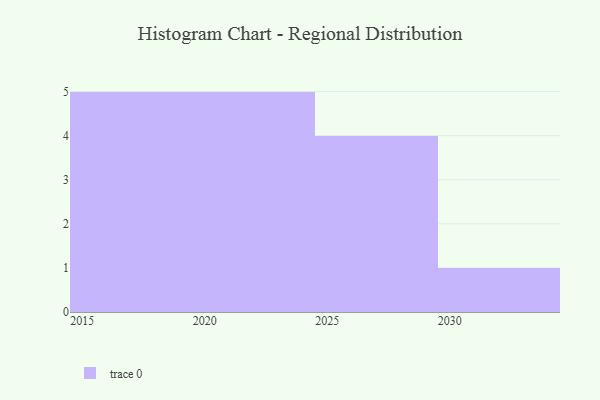
{"axis": {"x": "Year", "y": "Production Output"}, "legend": [""], "data": [{"x": "2020", "y": 1, "type": ""}, {"x": "2026", "y": 6, "type": ""}, {"x": "2017", "y": 29, "type": ""}, {"x": "2030", "y": 63, "type": ""}, {"x": "2016", "y": 44, "type": ""}, {"x": "2019", "y": 52, "type": ""}, {"x": "2024", "y": 2, "type": ""}, {"x": "2021", "y": 45, "type": ""}, {"x": "2022", "y": 7, "type": ""}, {"x": "2015", "y": 82, "type": ""}, {"x": "2023", "y": 85, "type": ""}, {"x": "2025", "y": 50, "type": ""}, {"x": "2029", "y": 36, "type": ""}, {"x": "2028", "y": 83, "type": ""}, {"x": "2018", "y": 36, "type": ""}]}